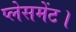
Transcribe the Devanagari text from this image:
प्लेसमेंट।